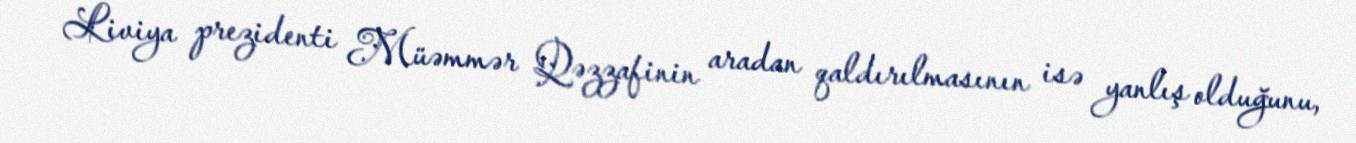
Liviya prezidenti Müəmmər Qəzzafinin aradan qaldırılmasının isə yanlış olduğunu,